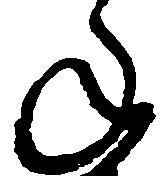
ね